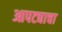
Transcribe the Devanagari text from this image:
आपट्याचा